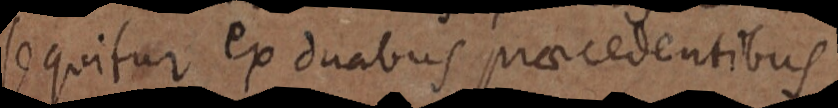
sequitur ex duabus praecedentibus